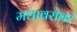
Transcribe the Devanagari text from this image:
मधाबरोबर